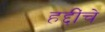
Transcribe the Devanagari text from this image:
हद्दींचे